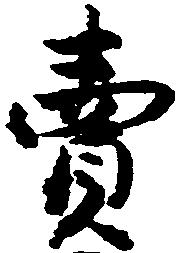
売